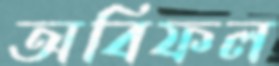
অবিফল